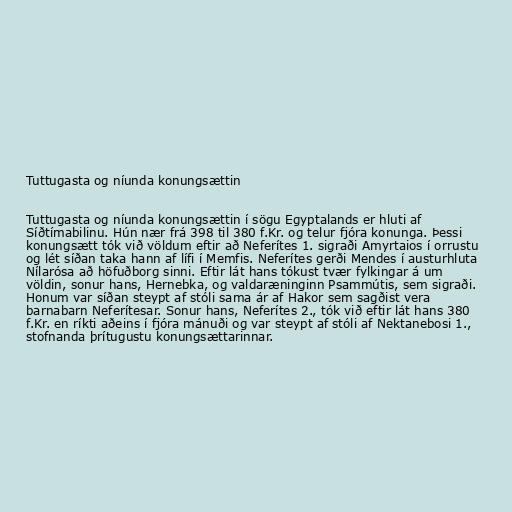
Tuttugasta og níunda konungsættin

Tuttugasta og níunda konungsættin í sögu Egyptalands er hluti af
Síðtímabilinu. Hún nær frá 398 til 380 f.Kr. og telur fjóra konunga. Þessi
konungsætt tók við völdum eftir að Neferítes 1. sigraði Amyrtaios í orrustu
og lét síðan taka hann af lífi í Memfis. Neferítes gerði Mendes í austurhluta
Nílarósa að höfuðborg sinni. Eftir lát hans tókust tvær fylkingar á um
völdin, sonur hans, Hernebka, og valdaræninginn Psammútis, sem sigraði.
Honum var síðan steypt af stóli sama ár af Hakor sem sagðist vera
barnabarn Neferítesar. Sonur hans, Neferítes 2., tók við eftir lát hans 380
f.Kr. en ríkti aðeins í fjóra mánuði og var steypt af stóli af Nektanebosi 1.,
stofnanda þrítugustu konungsættarinnar.